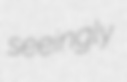
seeingly